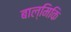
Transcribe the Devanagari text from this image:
बाल्मिकि